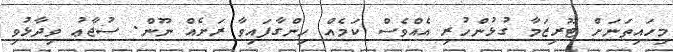
މިހައިތަނަށް ޓޫރިޒަމާ ގުޅުންހުރި އެއްވެސް ކަމެއް ހިންގާފައިވާ ރަށެއް ނޫން. ސުޖާޢު ވިދާޅުވި